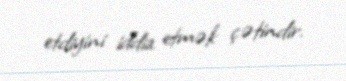
etdiyini iddia etmək çətindir.